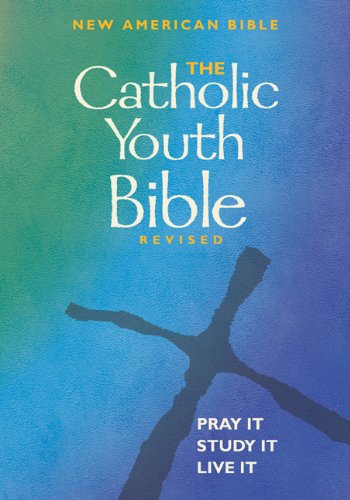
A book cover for The Catholic Youth Bible Revised: New American Bible; Teen & Young Adult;